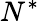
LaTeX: N^{*}